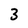
Character: 3